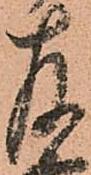
存